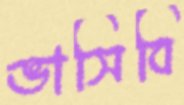
ভাসিবি